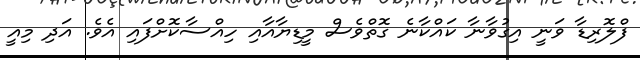
ފްލޮރިޑާ ވަނީ އިގުވާނާ ކައްކާނެ ގޮތްވެސް މީޑިޔާއާއި ހިއްސާކޮށްފައި އެވެ. އަދި މިއީ